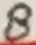
Text: 8